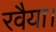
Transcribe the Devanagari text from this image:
रवैया।